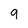
Character: 9